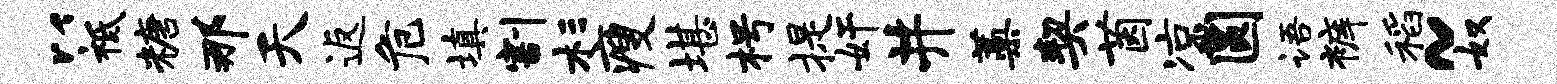
以祗糖那天返危填割杉瘦堪枵提奸井蒿契茵凉圆语裤稻~奴